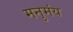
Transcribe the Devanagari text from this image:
मनुमंय